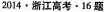
2014·浙江高考·16 题